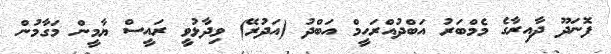
ފޮނަދޫ ދާއިރާގެ މެމްބަރު އަބްދުއްރަހީމް އަބްދު (އަދުރޭ) ވިދާޅުވީ ރައީސް ޔާމީން މަގާމުން